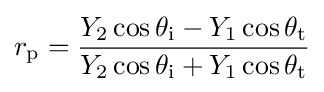
r_{\text{p}}={\frac {Y_{2}\cos \theta _{\text{i}}-Y_{1}\cos \theta _{\text{t}}}{Y_{2}\cos \theta _{\text{i}}+Y_{1}\cos \theta _{\text{t}}}}